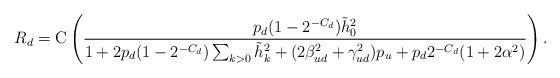
LaTeX: \begin{align*}R_{d}=\mathrm{C}\left(\frac{p_{d}(1-2^{-C_{d}})\tilde{h}_{0}^{2}}{1+2p_{d}(1-2^{-C_{d}})\sum_{k>0}\tilde{h}_{k}^{2}+(2\beta_{ud}^{2}+\gamma_{ud}^{2})p_{u}+p_{d}2^{-C_{d}}(1+2\alpha^{2})}\right).\end{align*}